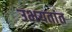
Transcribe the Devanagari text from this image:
उभयतांत